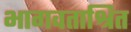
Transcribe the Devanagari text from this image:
भागवताश्रित